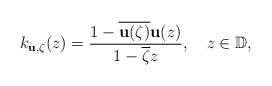
LaTeX: \begin{align*}k_{{\mathbf u},\zeta}(z)=\frac{1-\overline{{\mathbf u}(\zeta)}{\mathbf u}(z)}{1-\overline\zeta z},\ \ \ z\in\mathbb D, \end{align*}